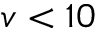
v < 1 0